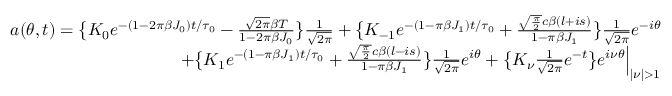
\begin{array} { r } { a ( \theta , t ) = \big \{ K _ { 0 } e ^ { - ( 1 - 2 \pi \beta J _ { 0 } ) t / \tau _ { 0 } } - \frac { \sqrt { 2 \pi } \beta T } { 1 - 2 \pi \beta J _ { 0 } } \big \} \frac { 1 } { \sqrt { 2 \pi } } + \big \{ K _ { \mathrm { - } 1 } e ^ { - ( 1 - \pi \beta J _ { 1 } ) t / \tau _ { 0 } } + \frac { \sqrt { \frac { \pi } { 2 } } c \beta ( l + i s ) } { 1 - \pi \beta J _ { 1 } } \big \} \frac { 1 } { \sqrt { 2 \pi } } e ^ { - i \theta } } \\ { + \big \{ K _ { 1 } e ^ { - ( 1 - \pi \beta J _ { 1 } ) t / \tau _ { 0 } } + \frac { \sqrt { \frac { \pi } { 2 } } c \beta ( l - i s ) } { 1 - \pi \beta J _ { 1 } } \big \} \frac { 1 } { \sqrt { 2 \pi } } e ^ { i \theta } + \big \{ K _ { \nu } \frac { 1 } { \sqrt { 2 \pi } } e ^ { - t } \big \} e ^ { i \nu \theta } \Big \lvert _ { \lvert \nu \rvert > 1 } } \end{array}